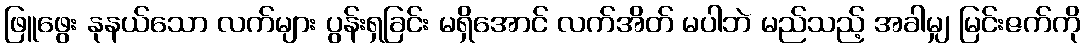
ဖြူဖွေး နုနယ်သော လက်များ ပွန်းရှခြင်း မရှိအောင် လက်အိတ် မပါဘဲ မည်သည့် အခါမျှ မြင်းဇက်ကို